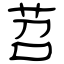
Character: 苕